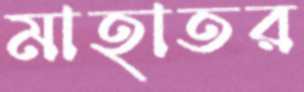
মাহাতর